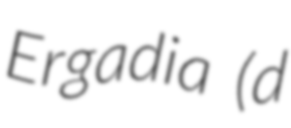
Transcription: Ergadia (d